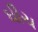
ઘીચ